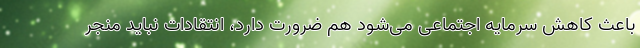
باعث کاهش سرمایه اجتماعی می‌شود هم ضرورت دارد، انتقادات نباید منجر